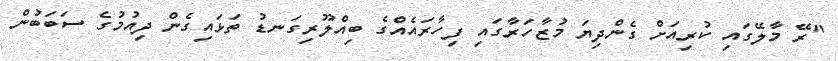
"ރޭ މާލޭގައި ކުރިއަށް ގެންދިޔަ މުޒާހަރާގައި ފިހާރައެއްގެ ބިއްލޫރިގަނޑު ތަޅައިގެން ދިއުމުގެ ސަބަބުން